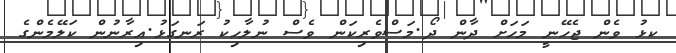
ކޅު ވެން ޖެހޭނީ މަހަށް ދާން ދޯ.މަސްވެރިކަން ވެސް ނުލާހިކު ރަނގަޅު.އިރާނުން ކަލޭމެންގެ